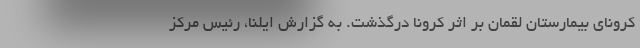
کرونای بیمارستان لقمان بر اثر کرونا درگذشت. به گزارش ایلنا، رئیس مرکز